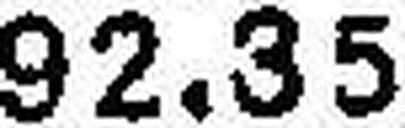
92.35